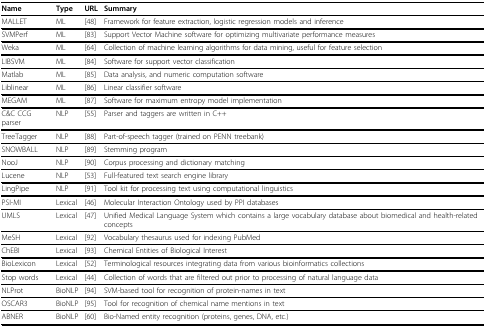
| Name | Type | URL | Summary |
 | --- | --- | --- | --- |
 | MALLET | ML | [48] | Framework for feature extraction, logistic regression models and inference |
 | SVMPerf | ML | [83] | Support Vector Machine software for optimizing multivariate performance measures |
 | Weka | ML | [64] | Collection of machine learning algorithms for data mining, useful for feature selection |
 | LIBSVM | ML | [84] | Software for support vector classification |
 | Matlab | ML | [85] | Data analysis, and numeric computation software |
 | Liblinear | ML | [86] | Linear classifier software |
 | MEGAM | ML | [87] | Software for maximum entropy model implementation |
 | C&C CCG parser | NLP | [55] | Parser and taggers are written in C++ |
 | TreeTagger | NLP | [88] | Part-of-speech tagger (trained on PENN treebank) |
 | SNOWBALL | NLP | [89] | Stemming program |
 | NooJ | NLP | [90] | Corpus processing and dictionary matching |
 | Lucene | NLP | [53] | Full-featured text search engine library |
 | LingPipe | NLP | [91] | Tool kit for processing text using computational linguistics |
 | PSI-MI | Lexical | [46] | Molecular Interaction Ontology used by PPI databases |
 | UMLS | Lexical | [47] | Unified Medical Language System which contains a large vocabulary database about biomedical and health-related concepts |
 | MeSH | Lexical | [92] | Vocabulary thesaurus used for indexing PubMed |
 | ChEBI | Lexical | [93] | Chemical Entities of Biological Interest |
 | BioLexicon | Lexical | [52] | Terminological resources integrating data from various bioinformatics collections |
 | Stop words | Lexical | [44] | Collection of words that are filtered out prior to processing of natural language data |
 | NLProt | BioNLP | [94] | SVM-based tool for recognition of protein-names in text |
 | OSCAR3 | BioNLP | [95] | Tool for recognition of chemical name mentions in text |
 | ABNER | BioNLP | [60] | Bio-Named entity recognition (proteins, genes, DNA, etc.) |